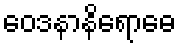
ဝေဒနာနိရောဓေ